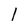
Character: l